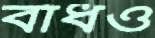
বাঁধও